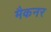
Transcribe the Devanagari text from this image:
मैकनर